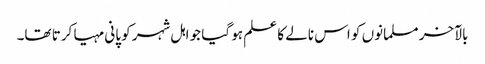
بالآخر مسلمانوں کو اس نالے کا علم ہو گیا جو اہل شہر کو پانی مہیا کرتا تھا۔